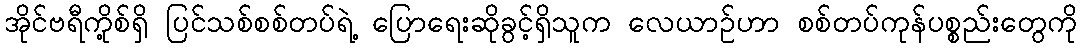
အိုင်ဗရီကို့စ်ရှိ ပြင်သစ်စစ်တပ်ရဲ့ ပြောရေးဆိုခွင့်ရှိသူက လေယာဉ်ဟာ စစ်တပ်ကုန်ပစ္စည်းတွေကို